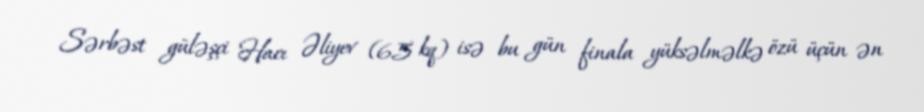
Sərbəst güləşçi Hacı Əliyev (65 kq) isə bu gün finala yüksəlməlkə özü üçün ən